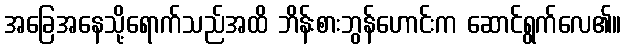
အခြေအနေသို့ရောက်သည်အထိ ဘိန်းစားဘွန်ဟောင်းက ဆောင်ရွက်လေ၏။